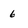
Character: 6